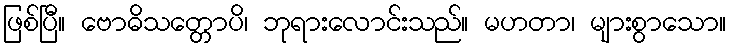
ဖြစ်ပြီ။ ဗောဓိသတ္တောပိ၊ ဘုရားလောင်းသည်။ မဟတာ၊ များစွာသော။